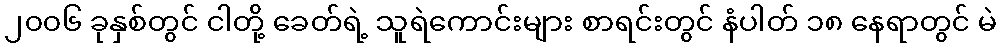
၂၀၀၆ ခုနှစ်တွင် ငါတို့ ခေတ်ရဲ့ သူရဲကောင်းများ စာရင်းတွင် နံပါတ် ၁၈ နေရာတွင် မဲ